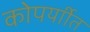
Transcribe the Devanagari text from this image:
कोपर्याीत